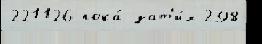
221126 пока́ зат'и́х 298